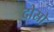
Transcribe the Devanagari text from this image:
दोस्रो